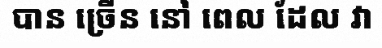
បាន ច្រើន នៅ ពេល ដែល វា